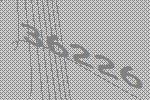
36226